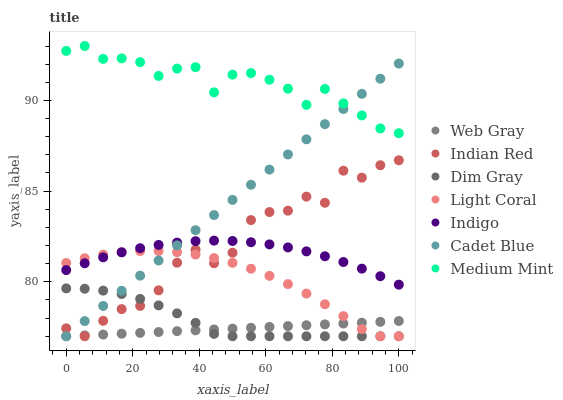
| xaxis_label | Web Gray | Indian Red | Dim Gray | Light Coral | Indigo | Cadet Blue | Medium Mint |
 | --- | --- | --- | --- | --- | --- | --- | --- |
 | 0 | 77 | 77.4 | 79.6 | 81 | 80.6 | 77 | 92.7 |
 | 5.56 | 77 | 77 | 79.6 | 81.3 | 81 | 77.8 | 93 |
 | 11.1 | 77.1 | 77.9 | 79.5 | 81.5 | 81.4 | 78.7 | 92.3 |
 | 16.7 | 77.1 | 78.5 | 79.3 | 81.6 | 81.6 | 79.5 | 92.3 |
 | 22.2 | 77.2 | 78.7 | 79.1 | 81.7 | 81.9 | 80.3 | 92.1 |
 | 27.8 | 77.2 | 79.5 | 78.7 | 81.7 | 82 | 81.2 | 91.4 |
 | 33.3 | 77.3 | 81.1 | 78.3 | 81.6 | 82.2 | 82 | 91.8 |
 | 38.9 | 77.3 | 81.8 | 77.7 | 81.5 | 82.2 | 82.8 | 91.8 |
 | 44.4 | 77.4 | 81 | 77.1 | 81.3 | 82.3 | 83.7 | 90.4 |
 | 50 | 77.4 | 81.6 | 77 | 81 | 82.3 | 84.5 | 91.4 |
 | 55.6 | 77.5 | 83.4 | 77 | 80.7 | 82.2 | 85.4 | 91.5 |
 | 61.1 | 77.5 | 83.8 | 77 | 80.3 | 82.1 | 86.2 | 91.1 |
 | 66.7 | 77.6 | 83.9 | 77 | 79.9 | 81.9 | 87 | 90.6 |
 | 72.2 | 77.6 | 84.7 | 77 | 79.4 | 81.7 | 87.9 | 89.8 |
 | 77.8 | 77.7 | 84.4 | 77 | 78.8 | 81.4 | 88.7 | 90.6 |
 | 83.3 | 77.7 | 86.1 | 77 | 78.1 | 81.1 | 89.5 | 89.8 |
 | 88.9 | 77.7 | 85.7 | 77 | 77.4 | 80.7 | 90.4 | 89.2 |
 | 94.4 | 77.8 | 86.4 | 77 | 77 | 80.3 | 91.2 | 88.5 |
 | 100 | 77.8 | 86.7 | 77 | 77 | 79.8 | 92 | 88.2 |